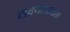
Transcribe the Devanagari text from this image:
लक्ष्याजवळ